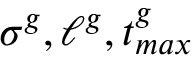
\sigma ^ { g } , \ell ^ { g } , t _ { m a x } ^ { g }